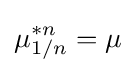
\mu _{1/n}^{*n}=\mu